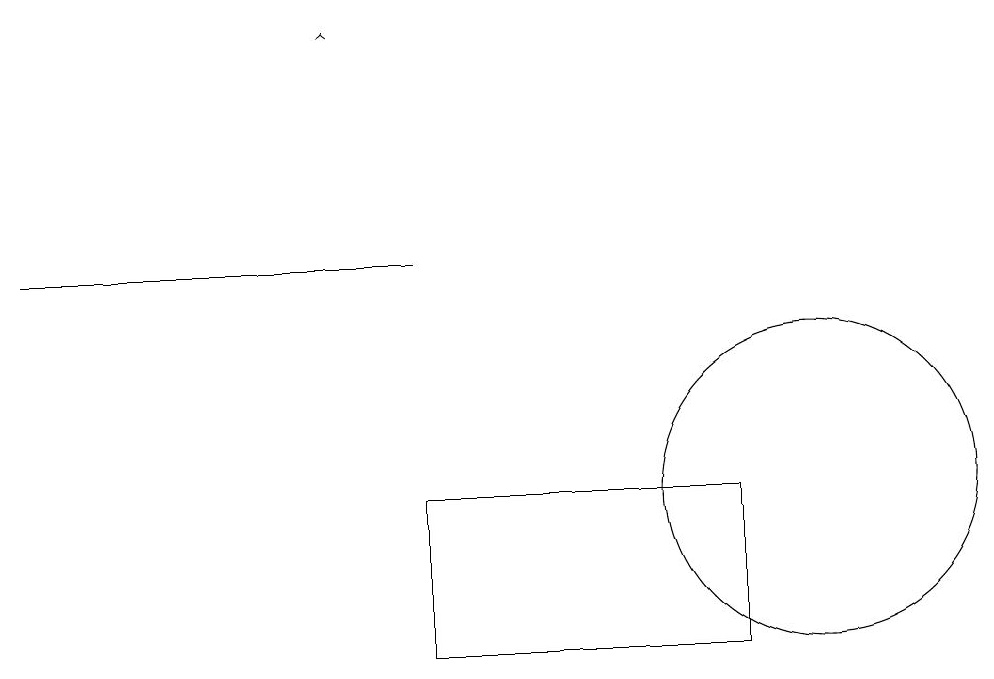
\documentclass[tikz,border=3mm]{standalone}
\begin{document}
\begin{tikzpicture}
\draw (5,12) rectangle (9,10);
\draw (0,15) rectangle (5,15);
\draw[->] (4,18) -- (4,18);
\draw (10,12) circle (2);
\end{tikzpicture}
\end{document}